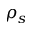
\rho _ { s }